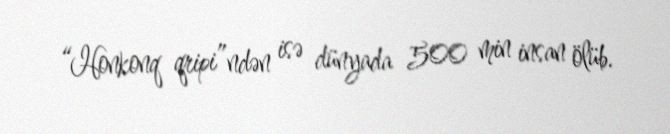
“Honkonq qripi”ndən isə dünyada 500 min insan ölüb.